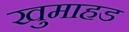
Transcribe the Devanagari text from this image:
खुमाहड